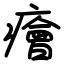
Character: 癐